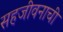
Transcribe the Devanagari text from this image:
सहजीवनाची